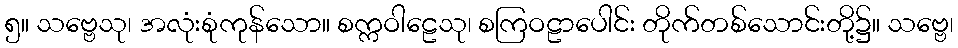
၅။ သဗ္ဗေသု၊ အလုံးစုံကုန်သော။ စက္ကဝါဠေသု၊ စကြဝဠာပေါင်း တိုက်တစ်သောင်းတို့၌။ သဗ္ဗေ၊